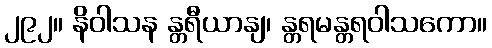
၂၉၂။ နိဝါသန န္တရီယာနျ၊ န္တရမန္တရဝါသကော။